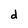
Character: d